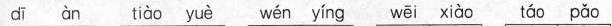
dī àn tiào yuè wén yíng wēi xiào táo pǎo